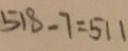
5 1 8 - 7 = 5 1 1